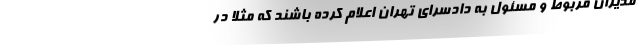
مدیران مربوط و مسئول به دادسرای تهران اعلام کرده باشند که مثلاً در